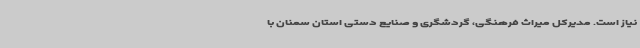
نیاز است. مدیرکل میراث فرهنگی، گردشگری و صنایع دستی استان سمنان با